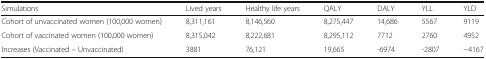
<table><thead><tr><td><b>Simulations</b></td><td><b>Lived years</b></td><td><b>Healthy life years</b></td><td><b>QALY</b></td><td><b>DALY</b></td><td><b>YLL</b></td><td><b>YLD</b></td></tr></thead><tbody><tr><td>Cohort of unvaccinated women (100,000 women)</td><td>8,311,161</td><td>8,146,560</td><td>8,275,447</td><td>14,686</td><td>5567</td><td>9119</td></tr><tr><td>Cohort of vaccinated women (100,000 women)</td><td>8,315,042</td><td>8,222,681</td><td>8,295,112</td><td>7712</td><td>2760</td><td>4952</td></tr><tr><td>Increases (Vaccinated – Unvaccinated)</td><td>3881</td><td>76,121</td><td>19,665</td><td>-6974</td><td>-2807</td><td>−4167</td></tr></tbody></table>